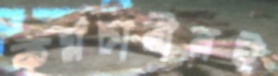
কর্মচারীরই